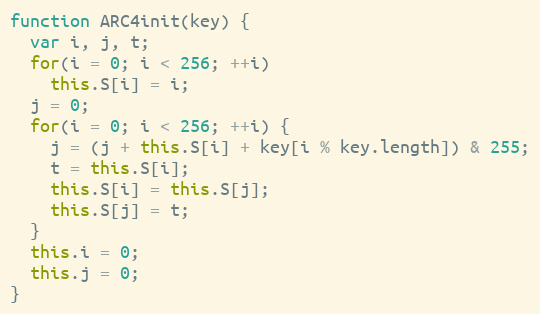
Language: JavaScript
function ARC4init(key) {
  var i, j, t;
  for(i = 0; i < 256; ++i)
    this.S[i] = i;
  j = 0;
  for(i = 0; i < 256; ++i) {
    j = (j + this.S[i] + key[i % key.length]) & 255;
    t = this.S[i];
    this.S[i] = this.S[j];
    this.S[j] = t;
  }
  this.i = 0;
  this.j = 0;
}